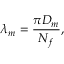
\lambda _ { m } = \frac { \pi D _ { m } } { N _ { f } } ,